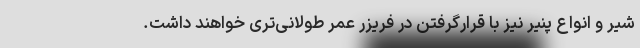
شیر و انواع پنیر نیز با قرارگرفتن در فریزر عمر طولانی‌تری خواهند داشت.